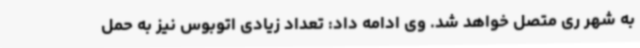
به شهر ری متصل خواهد شد. وی ادامه داد: تعداد زیادی اتوبوس نیز به حمل